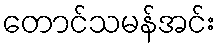
တောင်သမန်အင်း